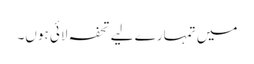
میں تمہارے لیے تحفہ لائی ہوں۔